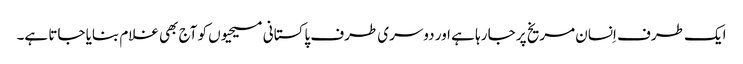
ایک طرف اِنسان مریخ پر جا رہا ہے اور دوسری طرف پاکستانی مسیحیوں کو آج بھی غلام بنایا جاتا ہے۔